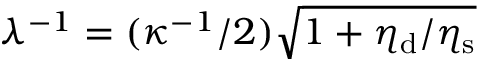
\lambda ^ { - 1 } = ( \kappa ^ { - 1 } / 2 ) \sqrt { 1 + \eta _ { \mathrm { d } } / \eta _ { \mathrm { s } } }